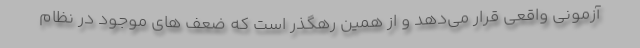
آزمونی واقعی قرار می‌دهد و از همین رهگذر است که ضعف های موجود در نظام